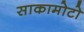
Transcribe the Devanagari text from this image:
साकामोटो